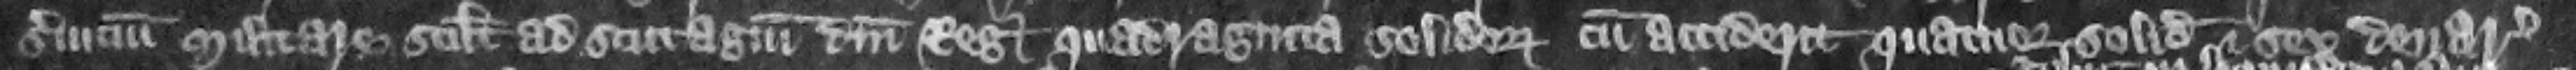
seruicium militare scilicet ad scutagium domini regis quadraginta solidorum cum acciderit quatuor solidos et sex denarios